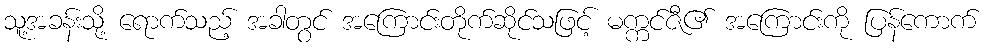
သူ့အခန်းသို့ ရောက်သည့် အခါတွင် အကြောင်းတိုက်ဆိုင်သဖြင့် မက္ကင်ဇီ၏ အကြောင်းကို ပြန်ကောက်